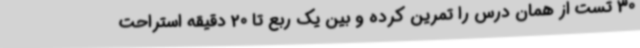
30 تست از همان درس را تمرین کرده و بین یک ربع تا 20 دقیقه استراحت